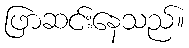
ဖြာဆင်းနေသည်။